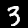
Digit: 3